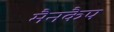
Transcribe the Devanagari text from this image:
मैनकैप